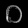
Digit: ၀